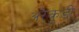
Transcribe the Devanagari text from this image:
अरैकुडी